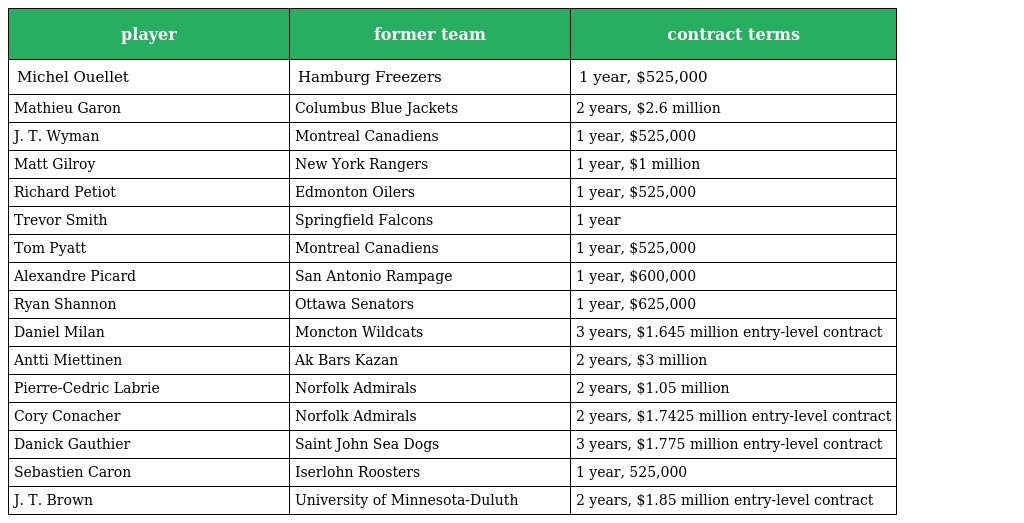
| player | former team | contract terms |
 | --- | --- | --- |
 | Michel Ouellet | Hamburg Freezers | 1 year, $525,000 |
 | Mathieu Garon | Columbus Blue Jackets | 2 years, $2.6 million |
 | J. T. Wyman | Montreal Canadiens | 1 year, $525,000 |
 | Matt Gilroy | New York Rangers | 1 year, $1 million |
 | Richard Petiot | Edmonton Oilers | 1 year, $525,000 |
 | Trevor Smith | Springfield Falcons | 1 year |
 | Tom Pyatt | Montreal Canadiens | 1 year, $525,000 |
 | Alexandre Picard | San Antonio Rampage | 1 year, $600,000 |
 | Ryan Shannon | Ottawa Senators | 1 year, $625,000 |
 | Daniel Milan | Moncton Wildcats | 3 years, $1.645 million entry-level contract |
 | Antti Miettinen | Ak Bars Kazan | 2 years, $3 million |
 | Pierre-Cedric Labrie | Norfolk Admirals | 2 years, $1.05 million |
 | Cory Conacher | Norfolk Admirals | 2 years, $1.7425 million entry-level contract |
 | Danick Gauthier | Saint John Sea Dogs | 3 years, $1.775 million entry-level contract |
 | Sebastien Caron | Iserlohn Roosters | 1 year, 525,000 |
 | J. T. Brown | University of Minnesota-Duluth | 2 years, $1.85 million entry-level contract |